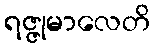
ရဇ္ဇုမာလေတိ